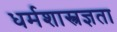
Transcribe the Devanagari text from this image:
धर्मशास्त्रज्ञता